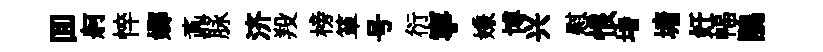
囬舸悴嫏鼒脉济羖榜箪号衍寧嫌博兴慰恨堵塘奸幅鵑